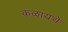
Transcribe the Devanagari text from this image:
कळायचे